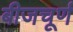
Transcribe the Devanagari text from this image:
बीजचूर्ण